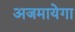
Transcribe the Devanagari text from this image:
अजमायेगा